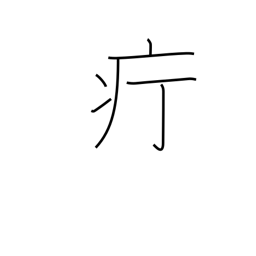
Meaning: carbuncle